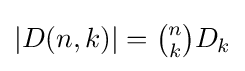
|D(n,k)|={\tbinom {n}{k}}D_{k}